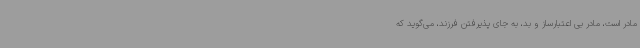
مادر است، مادر بی اعتبارساز و بد، به جای پذیرفتن فرزند، می‌گوید که